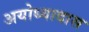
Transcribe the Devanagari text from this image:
अयोध्यादास